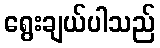
ရွေးချယ်ပါသည်